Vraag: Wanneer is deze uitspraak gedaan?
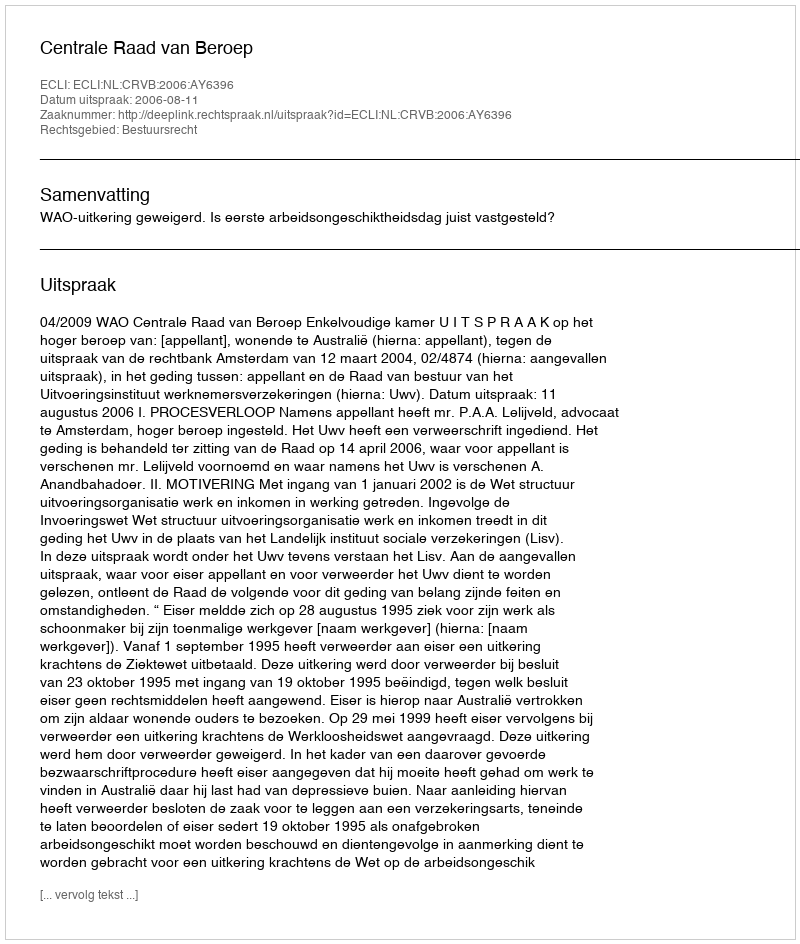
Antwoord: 2006-08-11